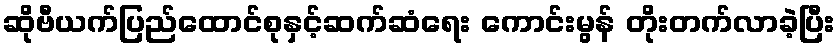
ဆိုဗီယက်ပြည်ထောင်စုနှင့်ဆက်ဆံရေး ကောင်းမွန် တိုးတက်လာခဲ့ပြီး